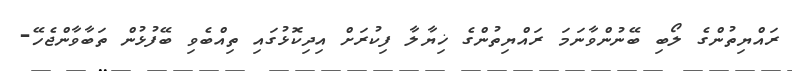
ރައްޔިތުންގެ ލޯބި ބޭނުންވާނަމަ ރައްޔިތުންގެ ޚިޔާލާ ފިކުރަށް އިދިކޮޅުގައި ތިއްބެވި ބޭފުޅުން ތަބާވާންޖެހޭ-